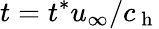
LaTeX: t=t^{*}u_{\infty}/c_{\mathrm{~h~}}